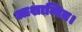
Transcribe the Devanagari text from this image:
आशान्वित।